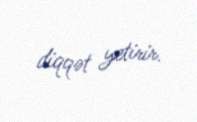
diqqət yetirir.